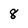
Character: 8